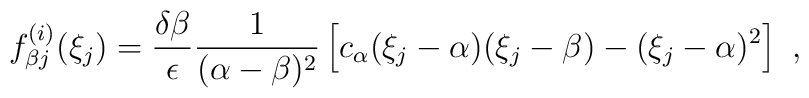
f_{\beta j}^{(i)}(\xi _j)=\frac{\delta \beta }{\epsilon }\frac{1}{(\alpha -\beta )^2}\left[ c_\alpha (\xi _j-\alpha )(\xi _j-\beta )-(\xi _j-\alpha )^2\right] \ ,